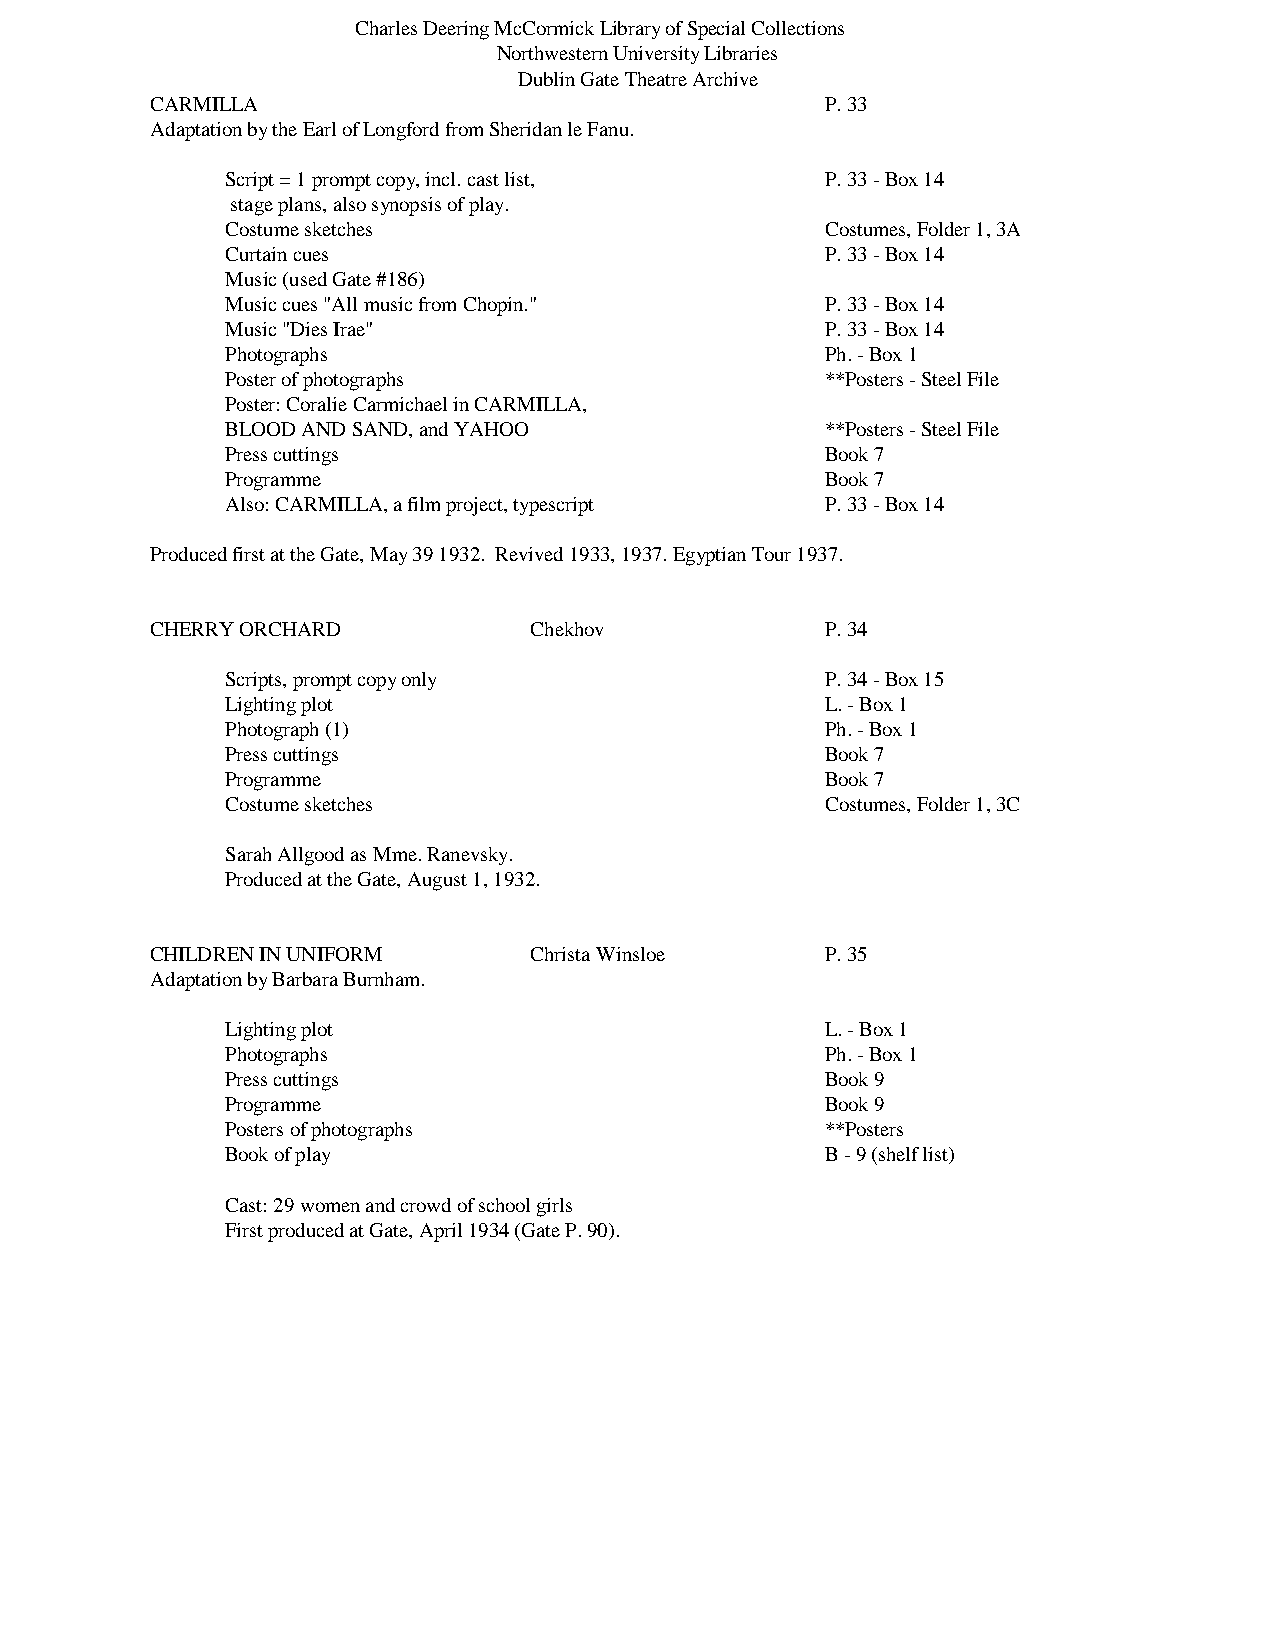
Charles Deering McCormick Library of Special Collections
 Northwestern University Libraries
 Dublin Gate Theatre Archive
 CARMILLA                                     P. 33
 Adaptation by the Earl of Longford from Sheridan le Fanu.
 Script = 1 prompt copy, incl. cast list, P. 33 - Box 14
 stage plans, also synopsis of play.
 Costume sketches                        Costumes, Folder 1, 3A
 Curtain cues                            P. 33 - Box 14
 Music (used Gate #186)
 Music cues "All music from Chopin."     P. 33 - Box 14
 Music "Dies Irae"                       P. 33 - Box 14
 Photographs                             Ph. - Box 1
 Poster of photographs                   **Posters - Steel File
 Poster: Coralie Carmichael in CARMILLA,
 BLOOD AND SAND, and YAHOO               **Posters - Steel File
 Press cuttings                          Book 7
 Programme                               Book 7
 Also: CARMILLA, a film project, typescript P. 33 - Box 14
 Produced first at the Gate, May 39 1932. Revived 1933, 1937. Egyptian Tour 1937.
 CHERRY ORCHARD           Chekhov             P. 34
 Scripts, prompt copy only               P. 34 - Box 15
 Lighting plot                           L. - Box 1
 Photograph (1)                          Ph. - Box 1
 Press cuttings                          Book 7
 Programme                               Book 7
 Costume sketches                        Costumes, Folder 1, 3C
 Sarah Allgood as Mme. Ranevsky.
 Produced at the Gate, August 1, 1932.
 CHILDREN IN UNIFORM      Christa Winsloe     P. 35
 Adaptation by Barbara Burnham.
 Lighting plot                           L. - Box 1
 Photographs                             Ph. - Box 1
 Press cuttings                          Book 9
 Programme                               Book 9
 Posters of photographs                  **Posters
 Book of play                            B - 9 (shelf list)
 Cast: 29 women and crowd of school girls
 First produced at Gate, April 1934 (Gate P. 90).